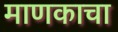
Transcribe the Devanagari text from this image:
माणकाचा